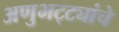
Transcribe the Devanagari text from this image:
अणुभट्ट्यांचे